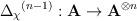
LaTeX: \begin{align*}{{\Delta}_{\chi}}^{(n-1)}:\mathbf{A}\rightarrow {\mathbf{A}}^{\otimes n}\end{align*}